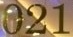
021